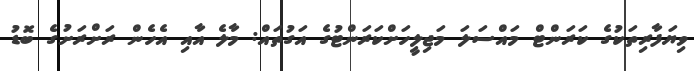
ވިޔަފާރިތަކުގެ ކަރަންޓް މައްސަލަ މަޖިލީހަށްކަރަންޓުގެ އަގުތައް: މާލެ އާއި އެހެން ރަށްރަށުގެ ބޮޑު